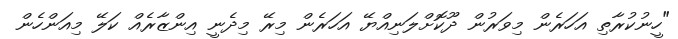
"ހީނުކުރާތި އަހަރެން މިވަރުން ދޫކޮށްލަނިއްޔޭ އަހަރެން މިރޭ މިދެނީ އިންޒާރެއް ކަލޭ މިއަންހެން